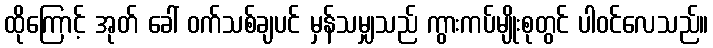
ထိုကြောင့် အုတ် ခေါ် ဝက်သစ်ချပင် မှန်သမျှသည် ကွားကပ်မျိုးစုတွင် ပါဝင်လေသည်။